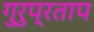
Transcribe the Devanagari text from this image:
गुरुप्रताप